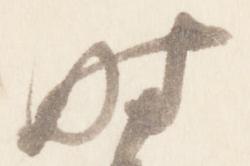
時